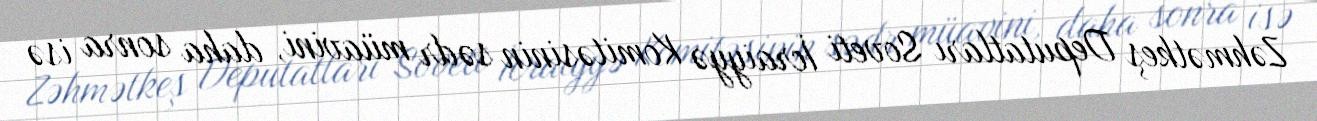
Zəhmətkeş Deputatları Soveti İcraiyyə Komitəsinin sədr müavini, daha sonra isə